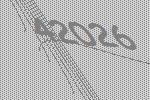
42026